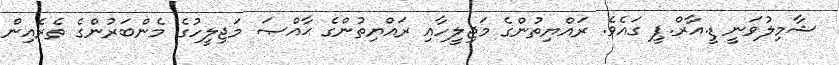
ޝާމިލުވަނީ ޑީ.އާރް.ޕީ ގައެވެ. ރައްޔިތުންގެ މަޖިލީހާއި ރައްޔިތުންގެ ޙާއްޞަ މަޖިލީހުގެ މެންބަރުންގެ ތެރެއިން